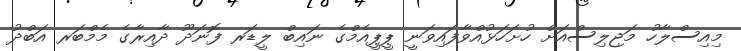
މިއިސްލާހު މަޖިލިސްއަށް ހުށަހަޅުއްވާފައިވަނީ ޕީޕީއެމްގެ ނައިބް ލީޑަރ ފޮނަދޫ ދާއިރާގެ މެމްބަރ އަބްދު